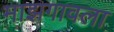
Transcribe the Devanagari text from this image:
माझगावला